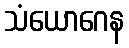
သံယောဂေန